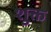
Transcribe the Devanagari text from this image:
शुक्त